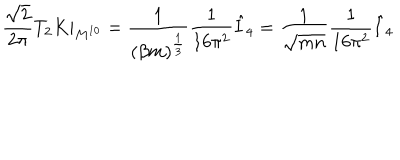
\frac { \sqrt { 2 } } { 2 \pi } T _ { 2 } K | _ { M ^ { 1 0 } } = \frac { 1 } { ( \beta m ) ^ { \frac { 1 } { 3 } } } \frac { 1 } { 1 6 \pi ^ { 2 } } \hat { I } _ { 4 } = \frac { 1 } { \sqrt { m n } } \frac { 1 } { 1 6 \pi ^ { 2 } } \hat { I } _ { 4 }